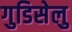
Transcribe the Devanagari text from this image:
गुडिसेलु